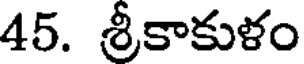
45. శ్రీకాకుళం